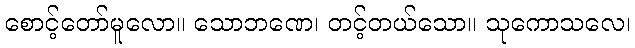
စောင့်တော်မူလော။ သောဘဏေ၊ တင့်တယ်သော။ သုကောသလေ၊